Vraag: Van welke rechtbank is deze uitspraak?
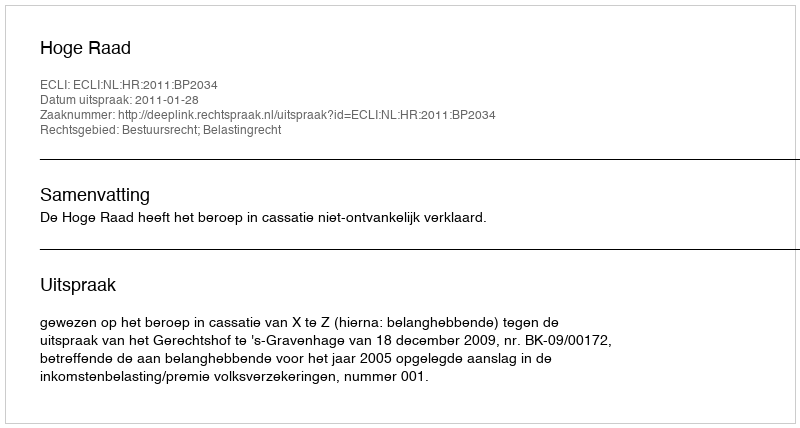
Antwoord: Hoge Raad